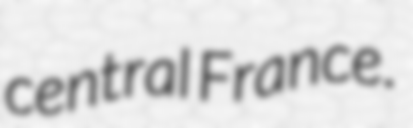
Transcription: central France.